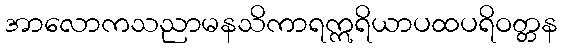
အာလောကသညာမနသိကာရဣရိယာပထပရိဝတ္တန